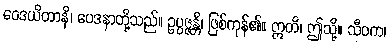
ဝေဒယိတာနိ၊ ဝေဒနာတို့သည်။ ဥပ္ပဇ္ဇန္တိ၊ ဖြစ်ကုန်၏။ ဣတိ၊ ဤသို့။ သီဝက၊